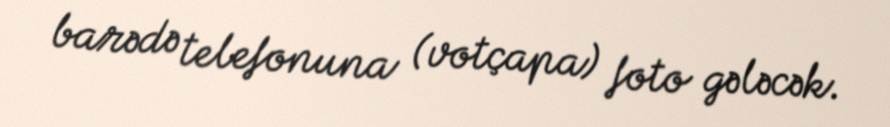
barədə telefonuna (votçapa) foto gələcək.